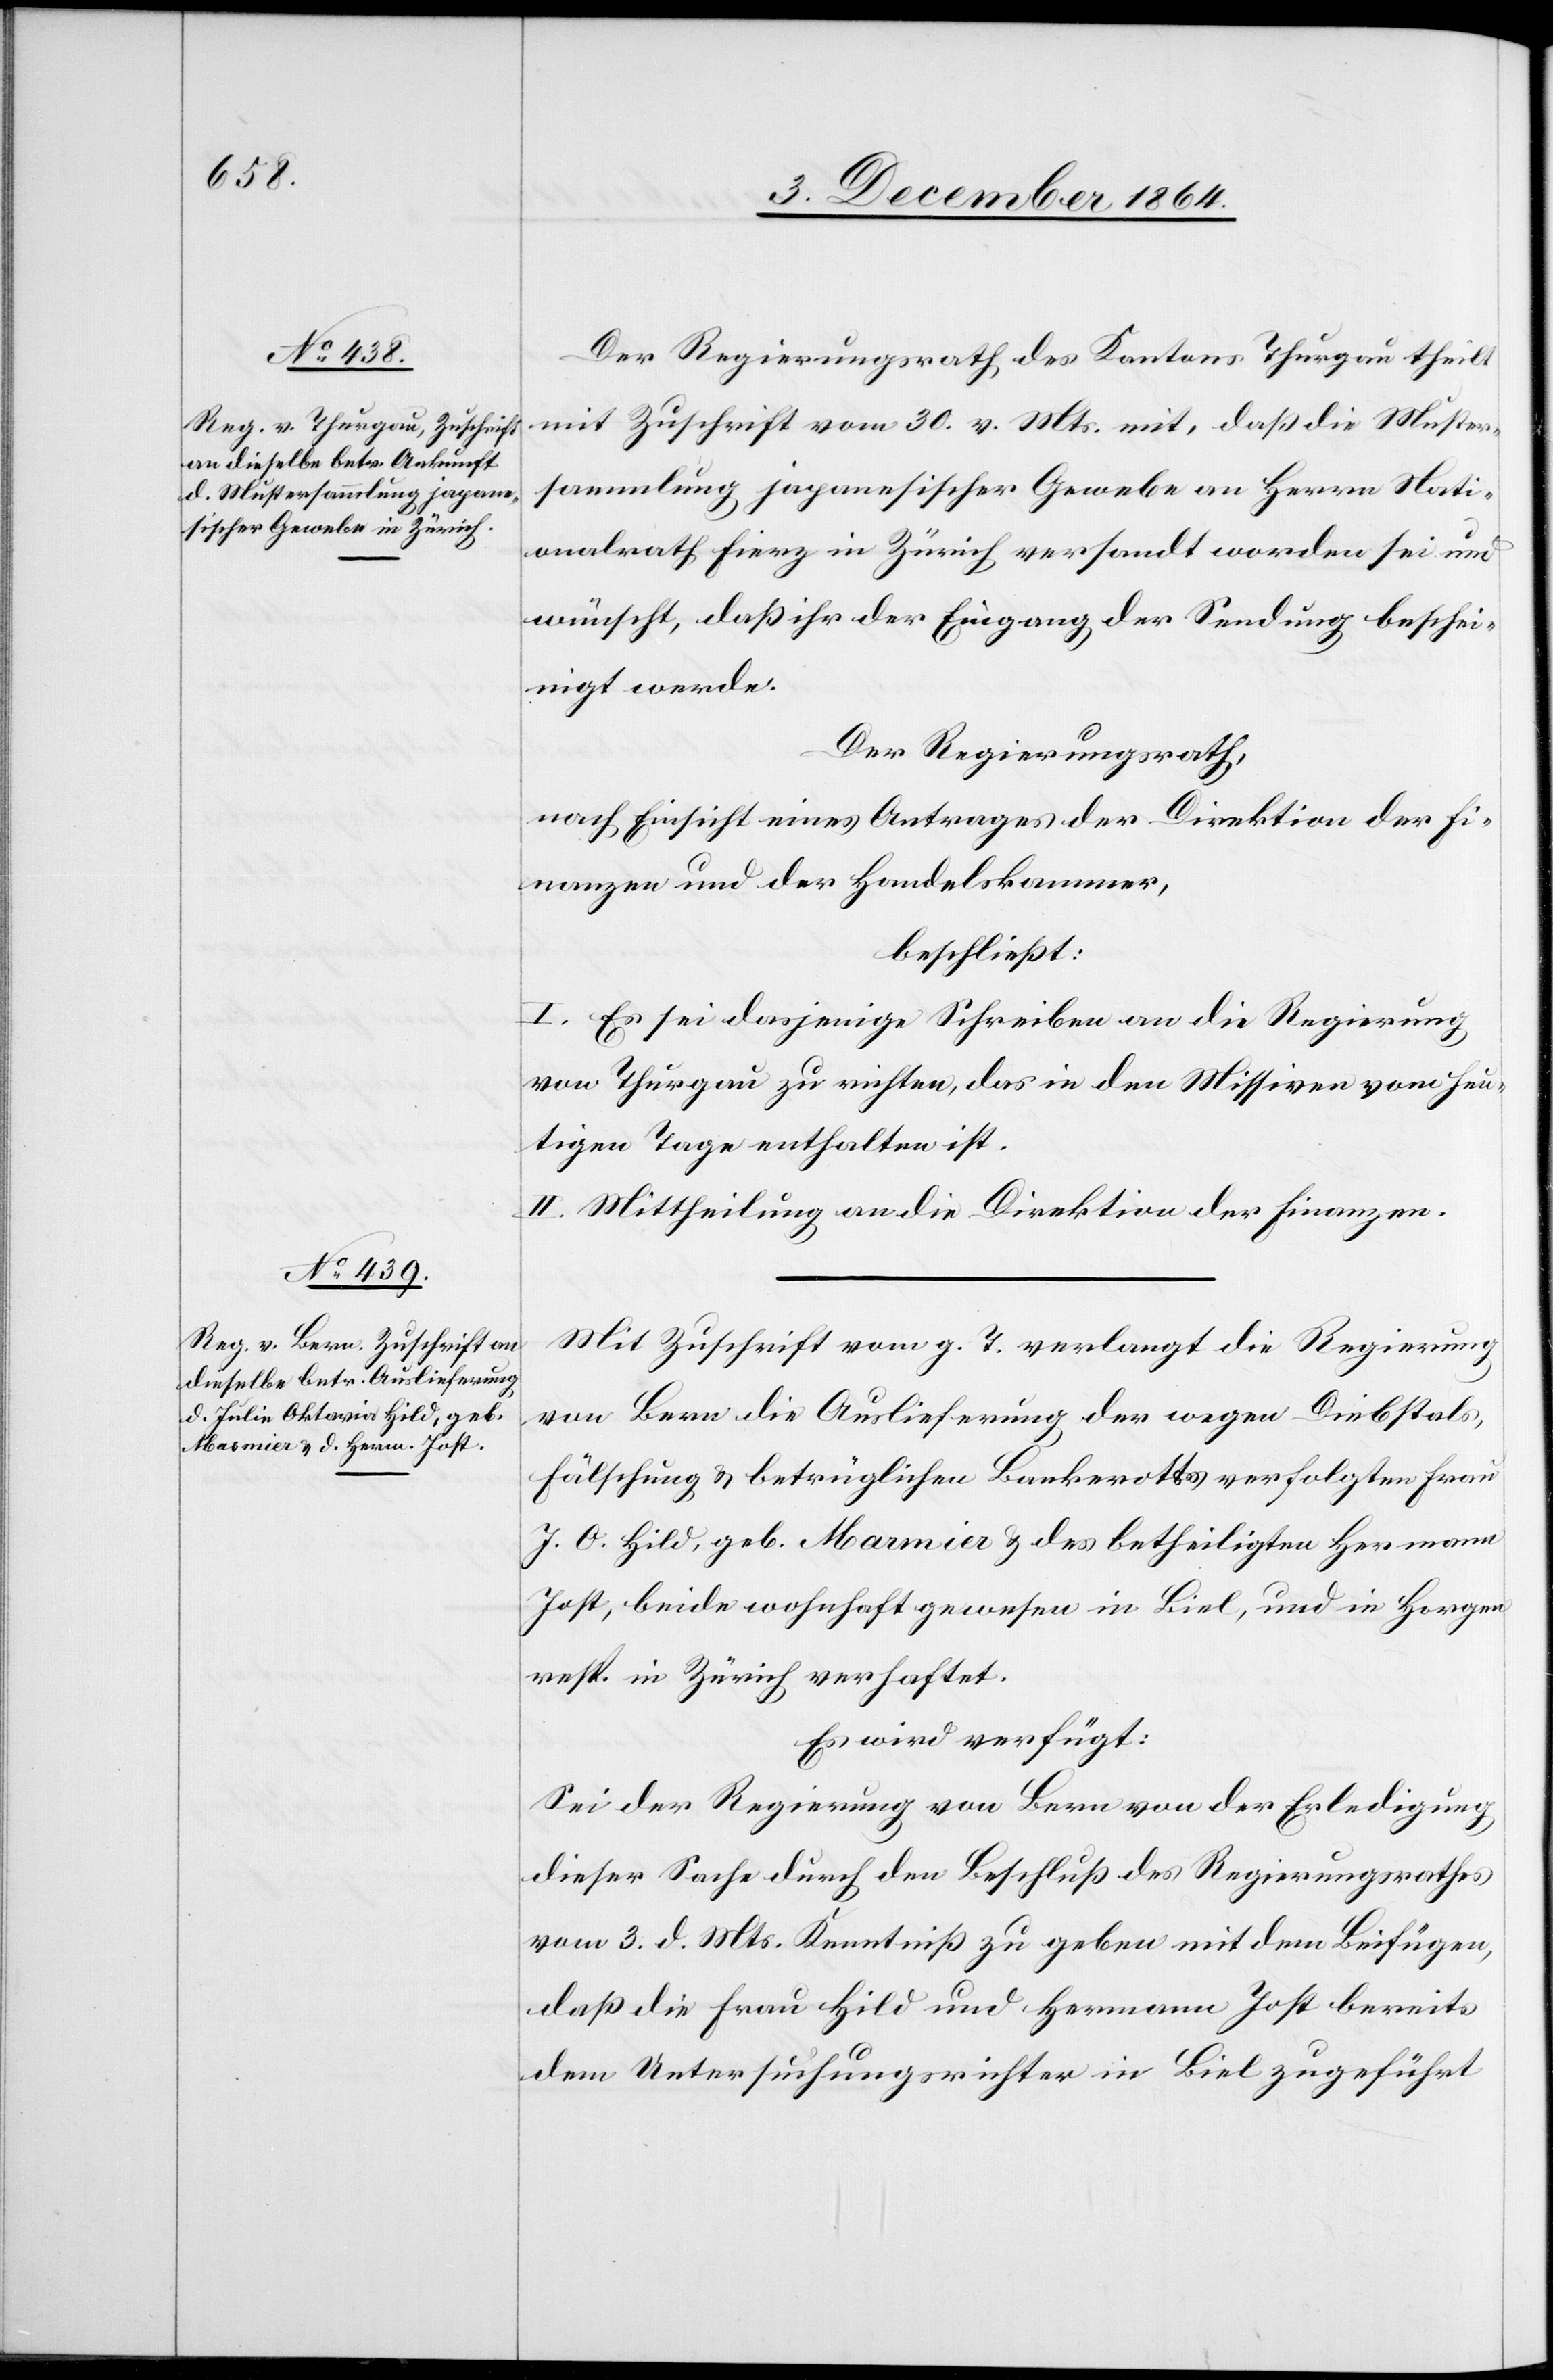
6. December 1864.]
Der Regierungsrath des Kantons Thurgau theilt
mit Zuschrift vom 30. v. Mts. mit, daß die Muster¬
sammlung japanesischer Gewebe an Herrn Nati¬
onalrath Fierz in Zürich versandt worden sei und
wünscht, daß ihr der Eingang der Sendung beschei¬
nigt werde.
Der Regierungsrath,
nach Einsicht eines Antrages der Direktion der Fi¬
nanzen und der Handelskammer,
beschließt:
I. Es sei dasjenige Schreiben an die Regierung
von Thurgau zu richten, das in den Missiven vom heu¬
tigen Tage enthalten ist.
II. Mittheilung an die Direktion der Finanzen.
Mit Zuschrift vom g. T. verlangt die Regierung
von Bern die Auslieferung der wegen Diebstals,
Fälschung & betrüglichen Bankerotts verfolgten Frau
J. O. Hild, geb. Marmier & des betheiligten Hermann
Jost, beide wohnhaft gewesen in Biel, und in Horgen
resp. in Zürich verhaftet.
Es wird verfügt:
Sei der Regierung von Bern von der Erledigung
dieser Sache durch den Beschluß des Regierungsrathes
vom 3. d. Mts. Kenntniß zu geben mit dem Beifügen,
daß die Frau Hild und Hermann Jost bereits
dem Untersuchungsrichter in Biel zugeführt